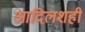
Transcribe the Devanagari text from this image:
आदिलशही